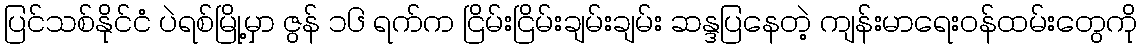
ပြင်သစ်နိုင်ငံ ပဲရစ်မြို့မှာ ဇွန် ၁၆ ရက်က ငြိမ်းငြိမ်းချမ်းချမ်း ဆန္ဒပြနေတဲ့ ကျန်းမာရေးဝန်ထမ်းတွေကို